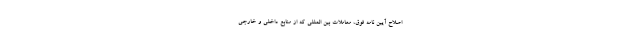
اصلاح آیین نامه فوق، معاملات بین المللی که از منابع داخلی و خارجی